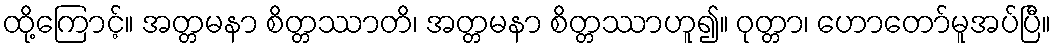
ထို့ကြောင့်။ အတ္တမနာ စိတ္တဿာတိ၊ အတ္တမနာ စိတ္တဿာဟူ၍။ ဝုတ္တာ၊ ဟောတော်မူအပ်ပြီ။